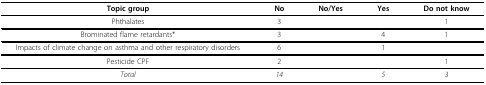
| Topic group | No | No/Yes | Yes | Do not know |
 | --- | --- | --- | --- | --- |
 | Phthalates | 3 |  |  | 1 |
 | Brominated flame retardants* | 3 |  | 4 | 1 |
 | Impacts of climate change on asthma and other respiratory disorders | 6 |  | 1 |  |
 | Pesticide CPF | 2 |  |  | 1 |
 | Total | 14 |  | 5 | 3 |